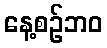
နေ့စဉ်ဘဝ